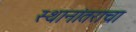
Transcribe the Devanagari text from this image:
स्थानांतराचा